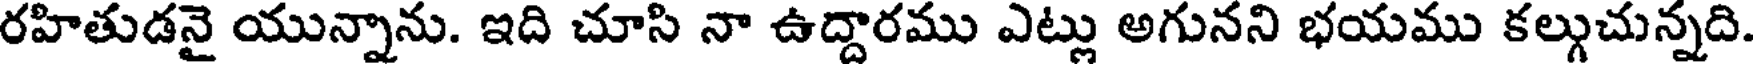
రహితుడనై యున్నాను. ఇది చూసి నా ఉద్దారము ఎట్లు అగునని భయము కల్గుచున్నది